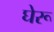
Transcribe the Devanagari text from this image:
घेरू